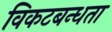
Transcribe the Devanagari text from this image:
विकटबन्धता